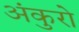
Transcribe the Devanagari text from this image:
अंकुरो